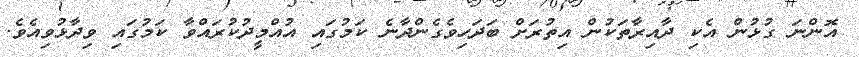
އޮންނަ ގުޅުން އެކި ދާއިރާތަކުން އިތުރަށް ބަދަހިވެގެންދާނެ ކަމުގައި އުއްމީދުކުރައްވާ ކަމުގައި ވިދާޅުވިއެވެ.